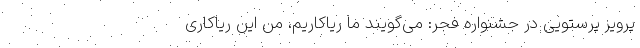
پرویز پرستویی در جشنواره فجر: می‌گویند ما ریاکاریم، من این ریاکاری